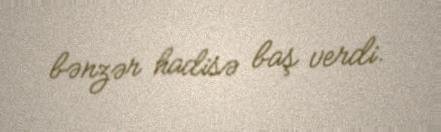
bənzər hadisə baş verdi.